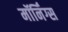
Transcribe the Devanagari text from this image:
मॉर्निंग्स